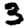
Digit: 3